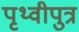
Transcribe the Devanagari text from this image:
पृथ्वीपुत्र